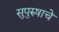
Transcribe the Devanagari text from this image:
सुपुरुषाचे